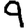
Digit: 9